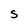
Character: S